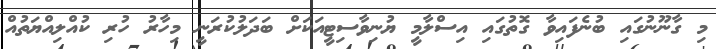
މި ގާނޫނުގައި ބުނެފައިވާ ގޮތުގައި އިސްލާމީ ޔުނިވާސިޓީއަކަށް ބަދަލުކުރަނީ މިހާރު ހުރި ކުއްލިއްޔަތުއް